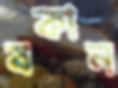
বকান